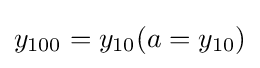
y_{100}=y_{10}(a=y_{10})